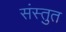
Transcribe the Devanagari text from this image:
संस्‍तुत